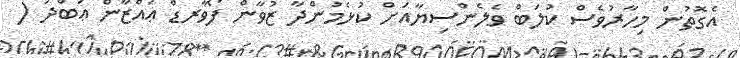
އެގޮތުން މިހާރުވެސް ކުލަބް ވެލެންސިޔާއަށް ކުޅެމުންދާ ޒުވާން ފޯވާރޑް ޢައްޒާން ޢަބްދު (